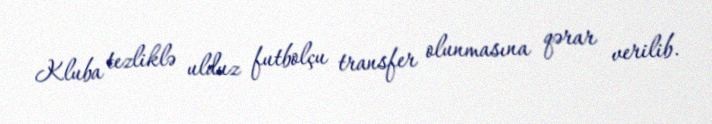
Kluba tezliklə ulduz futbolçu transfer olunmasına qərar verilib.